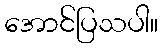
အောင်ပြသပါ။